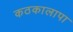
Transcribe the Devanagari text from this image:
कठकालापा